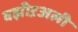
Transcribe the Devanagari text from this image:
वझीऱअली